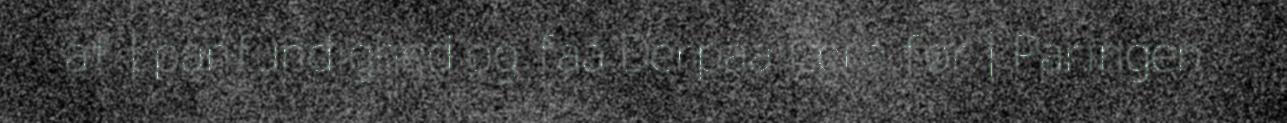
af | panfundighed og faa Derpaa lære før | Paringen